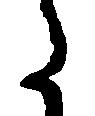
た